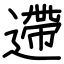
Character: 遰